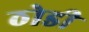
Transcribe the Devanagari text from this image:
ठोडी